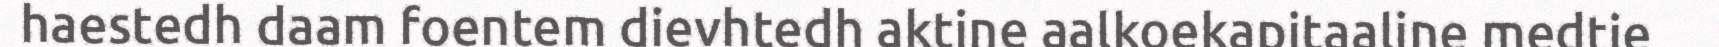
haestedh daam foentem dievhtedh aktine aalkoekapitaaline medtie